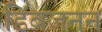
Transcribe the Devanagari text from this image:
डिंबजनन